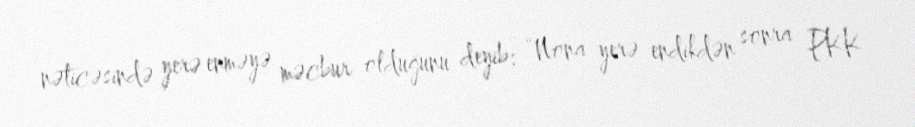
nəticəsində yerə enməyə məcbur olduğunu deyib: “Nona yerə endikdən sonra PKK